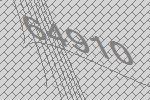
64910